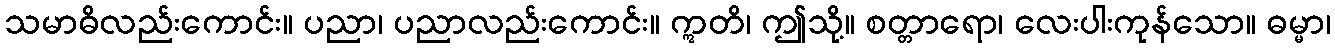
သမာဓိလည်းကောင်း။ ပညာ၊ ပညာလည်းကောင်း။ ဣတိ၊ ဤသို့။ စတ္တာရော၊ လေးပါးကုန်သော။ ဓမ္မာ၊